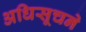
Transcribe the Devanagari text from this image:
अधिसूचने